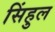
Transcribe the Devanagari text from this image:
सिंहुल